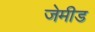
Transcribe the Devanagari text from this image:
जेमीड